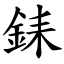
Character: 銇